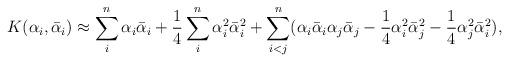
LaTeX: \begin{align*}K(\alpha_i,{\bar\alpha}_i)\approx \sum_i^n\alpha_i\bar\alpha_i+{1\over4}\sum_i^n\alpha^2_i\bar\alpha^2_i+\sum_{i<j}^n(\alpha_i\bar\alpha_i\alpha_j\bar\alpha_j-{1\over4}\alpha^2_i\bar\alpha^2_j-{1\over4}\alpha^2_j\bar\alpha^2_i),\end{align*}